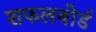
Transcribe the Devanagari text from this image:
शफलबोर्ड